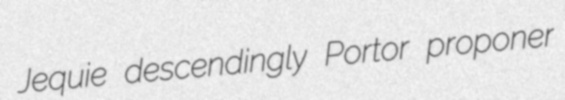
Jequie descendingly Portor proponer